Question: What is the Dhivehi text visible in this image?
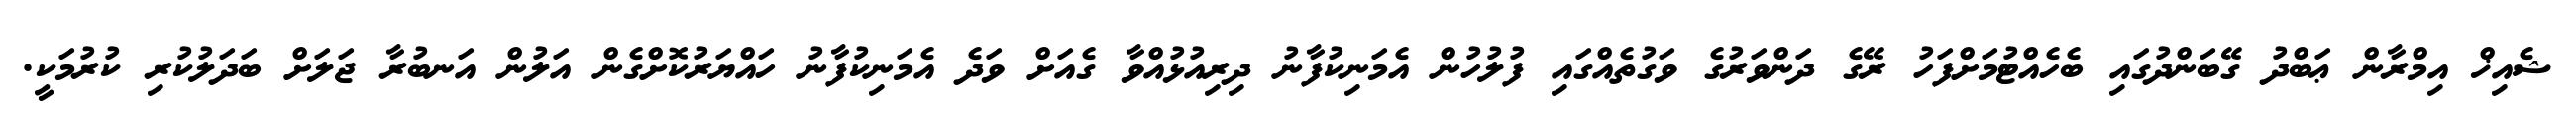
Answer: ޝެއިޚް އިމްރާން ޢަބްދު ގޭބަންދުގައި ބެހެއްޓުމަށްފަހު ރޭގެ ދަންވަރުގެ ވަގުތެއްގައި ފުލުހުން އެމަނިކުފާނު ދިރިއުޅުއްވާ ގެއަށް ވަދެ އެމަނިކުފާނު ހައްޔަރުކޮށްގެން އަލުން އަނބުރާ ޖަލަށް ބަދަލުކުރި ކުރުމަކީ.